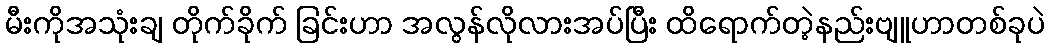
မီးကိုအသုံးချ တိုက်ခိုက် ခြင်းဟာ အလွန်လိုလားအပ်ပြီး ထိရောက်တဲ့နည်းဗျူဟာတစ်ခုပဲ